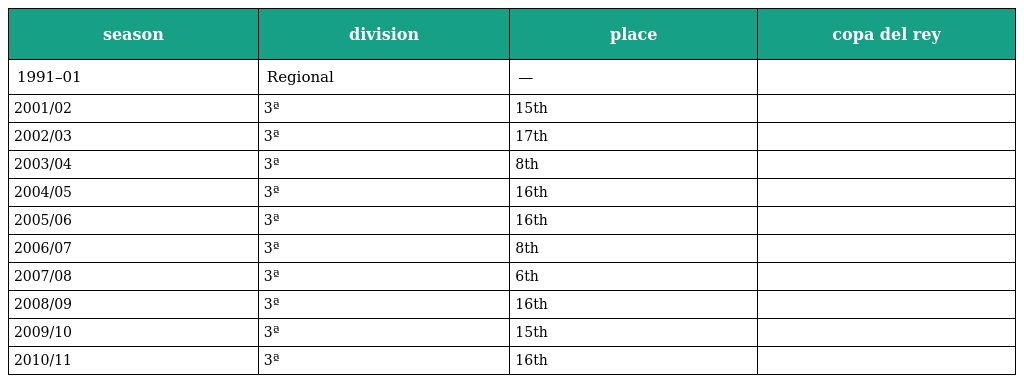
| season | division | place | copa del rey |
 | --- | --- | --- | --- |
 | 1991–01 | Regional | — |  |
 | 2001/02 | 3ª | 15th |  |
 | 2002/03 | 3ª | 17th |  |
 | 2003/04 | 3ª | 8th |  |
 | 2004/05 | 3ª | 16th |  |
 | 2005/06 | 3ª | 16th |  |
 | 2006/07 | 3ª | 8th |  |
 | 2007/08 | 3ª | 6th |  |
 | 2008/09 | 3ª | 16th |  |
 | 2009/10 | 3ª | 15th |  |
 | 2010/11 | 3ª | 16th |  |